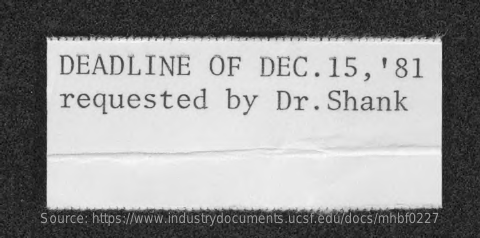
DEADLINE    OF    DEC.15,'81
     requested    by    Dr.    Shank
     Source: https://www.industrydocuments.ucsf.edu/docs/mhbf0227